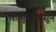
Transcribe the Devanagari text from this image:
कापूसापासून